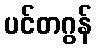
ပင်တဂွန်